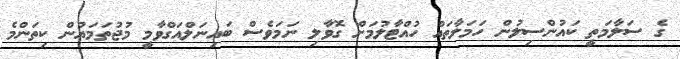
ގެ ސަލާމަތީ ކައުންސިލުން ހަމަލާތައް ހުއްޓާލުމަށް ގޮވާލި ނަމަވެސް ބައިނަލްއަގްވާމީ މުޖުތަމައުން ކިތަންމެ